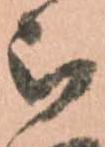
被